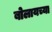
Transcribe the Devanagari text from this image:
बोलायच्या